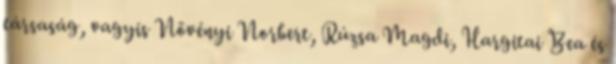
társaság, vagyis Növényi Norbert, Rúzsa Magdi, Hargitai Bea és